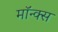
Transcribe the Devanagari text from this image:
मॉन्क्स